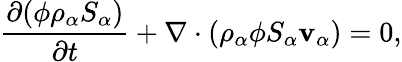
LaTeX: \frac{\partial(\phi\rho_{\alpha}S_{\alpha})}{\partial t}+\nabla\cdot(\rho_{\alpha}\phi S_{\alpha}\mathbf{v_{\alpha}})=0,